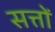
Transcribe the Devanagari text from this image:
सत्तों